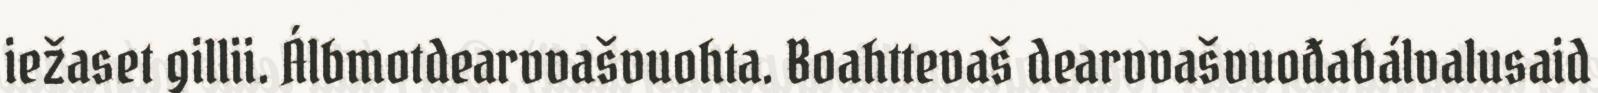
iežaset gillii. Álbmotdearvvašvuohta. Boahttevaš dearvvašvuođabálvalusaid